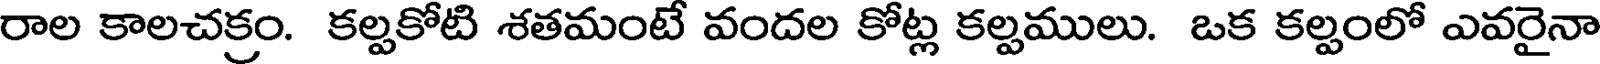
రాల కాలచక్రం. కల్పకోటి శతమంటే వందల కోట్ల కల్పములు. ఒక కల్పంలో ఎవరైనా